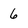
Character: 6